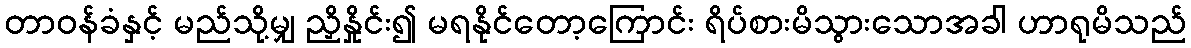
တာဝန်ခံနှင့် မည်သို့မျှ ညှိနှိုင်း၍ မရနိုင်တော့ကြောင်း ရိပ်စားမိသွားသောအခါ ဟာရုမိသည်